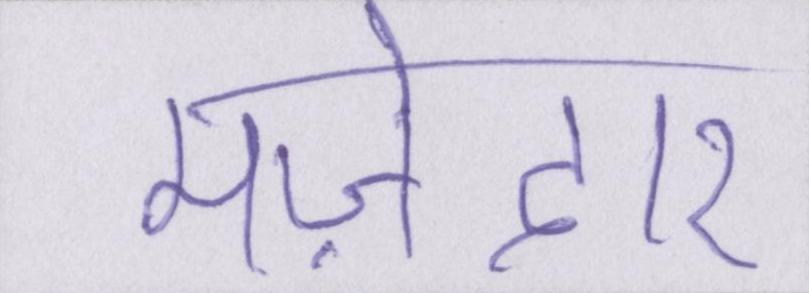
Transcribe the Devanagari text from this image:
मज़ेदार